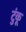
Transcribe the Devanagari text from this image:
टुंकू